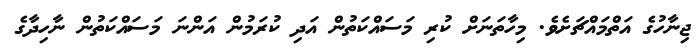
ޖިނާހުގެ އަތްމައްޗަށެވެ. މިހާތަނަށް ކުރި މަސައްކަތުން އަދި ކުރަމުން އަންނަ މަސައްކަތުން ނާހިދާގެ